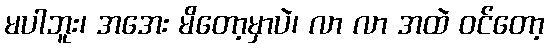
မပါဘူး၊ အအေး မိတော့မှာပဲ၊ လာ လာ အထဲ ဝင်တော့